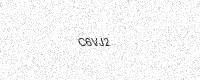
Text: C6VJ2